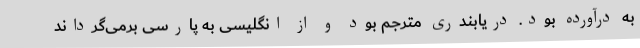
به درآورده بود. دریابندری مترجم بود و از انگلیسی به پارسی برمی‌گرداند